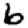
Digit: 6